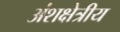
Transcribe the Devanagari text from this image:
अंशक्षेत्रीय